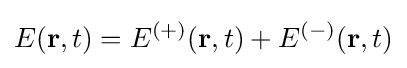
E(\mathbf {r} ,t)=E^{(+)}(\mathbf {r} ,t)+E^{(-)}(\mathbf {r} ,t)